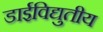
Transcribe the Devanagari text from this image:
डाईविद्युतीय